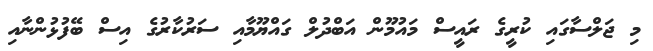
މި ޖަލްސާގައި ކުރީގެ ރައީސް މައުމޫން އަބްދުލް ގައްޔޫމާއި ސަރުކާރުގެ އިސް ބޭފުޅުންނާއި